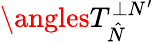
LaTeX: \angles{T}_{\hat{N}}^{\perp N^{\prime}}